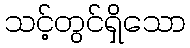
သင့်တွင်ရှိသော